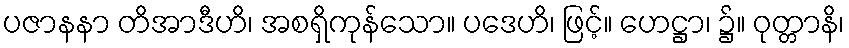
ပဇာနနာ တိအာဒီဟိ၊ အစရှိကုန်သော။ ပဒေဟိ၊ ဖြင့်။ ဟေဋ္ဌာ၊ ၌။ ဝုတ္တာနိ၊